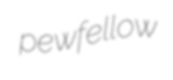
pewfellow